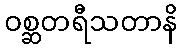
ဝစ္ဆတရီသတာနိ